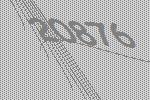
20876